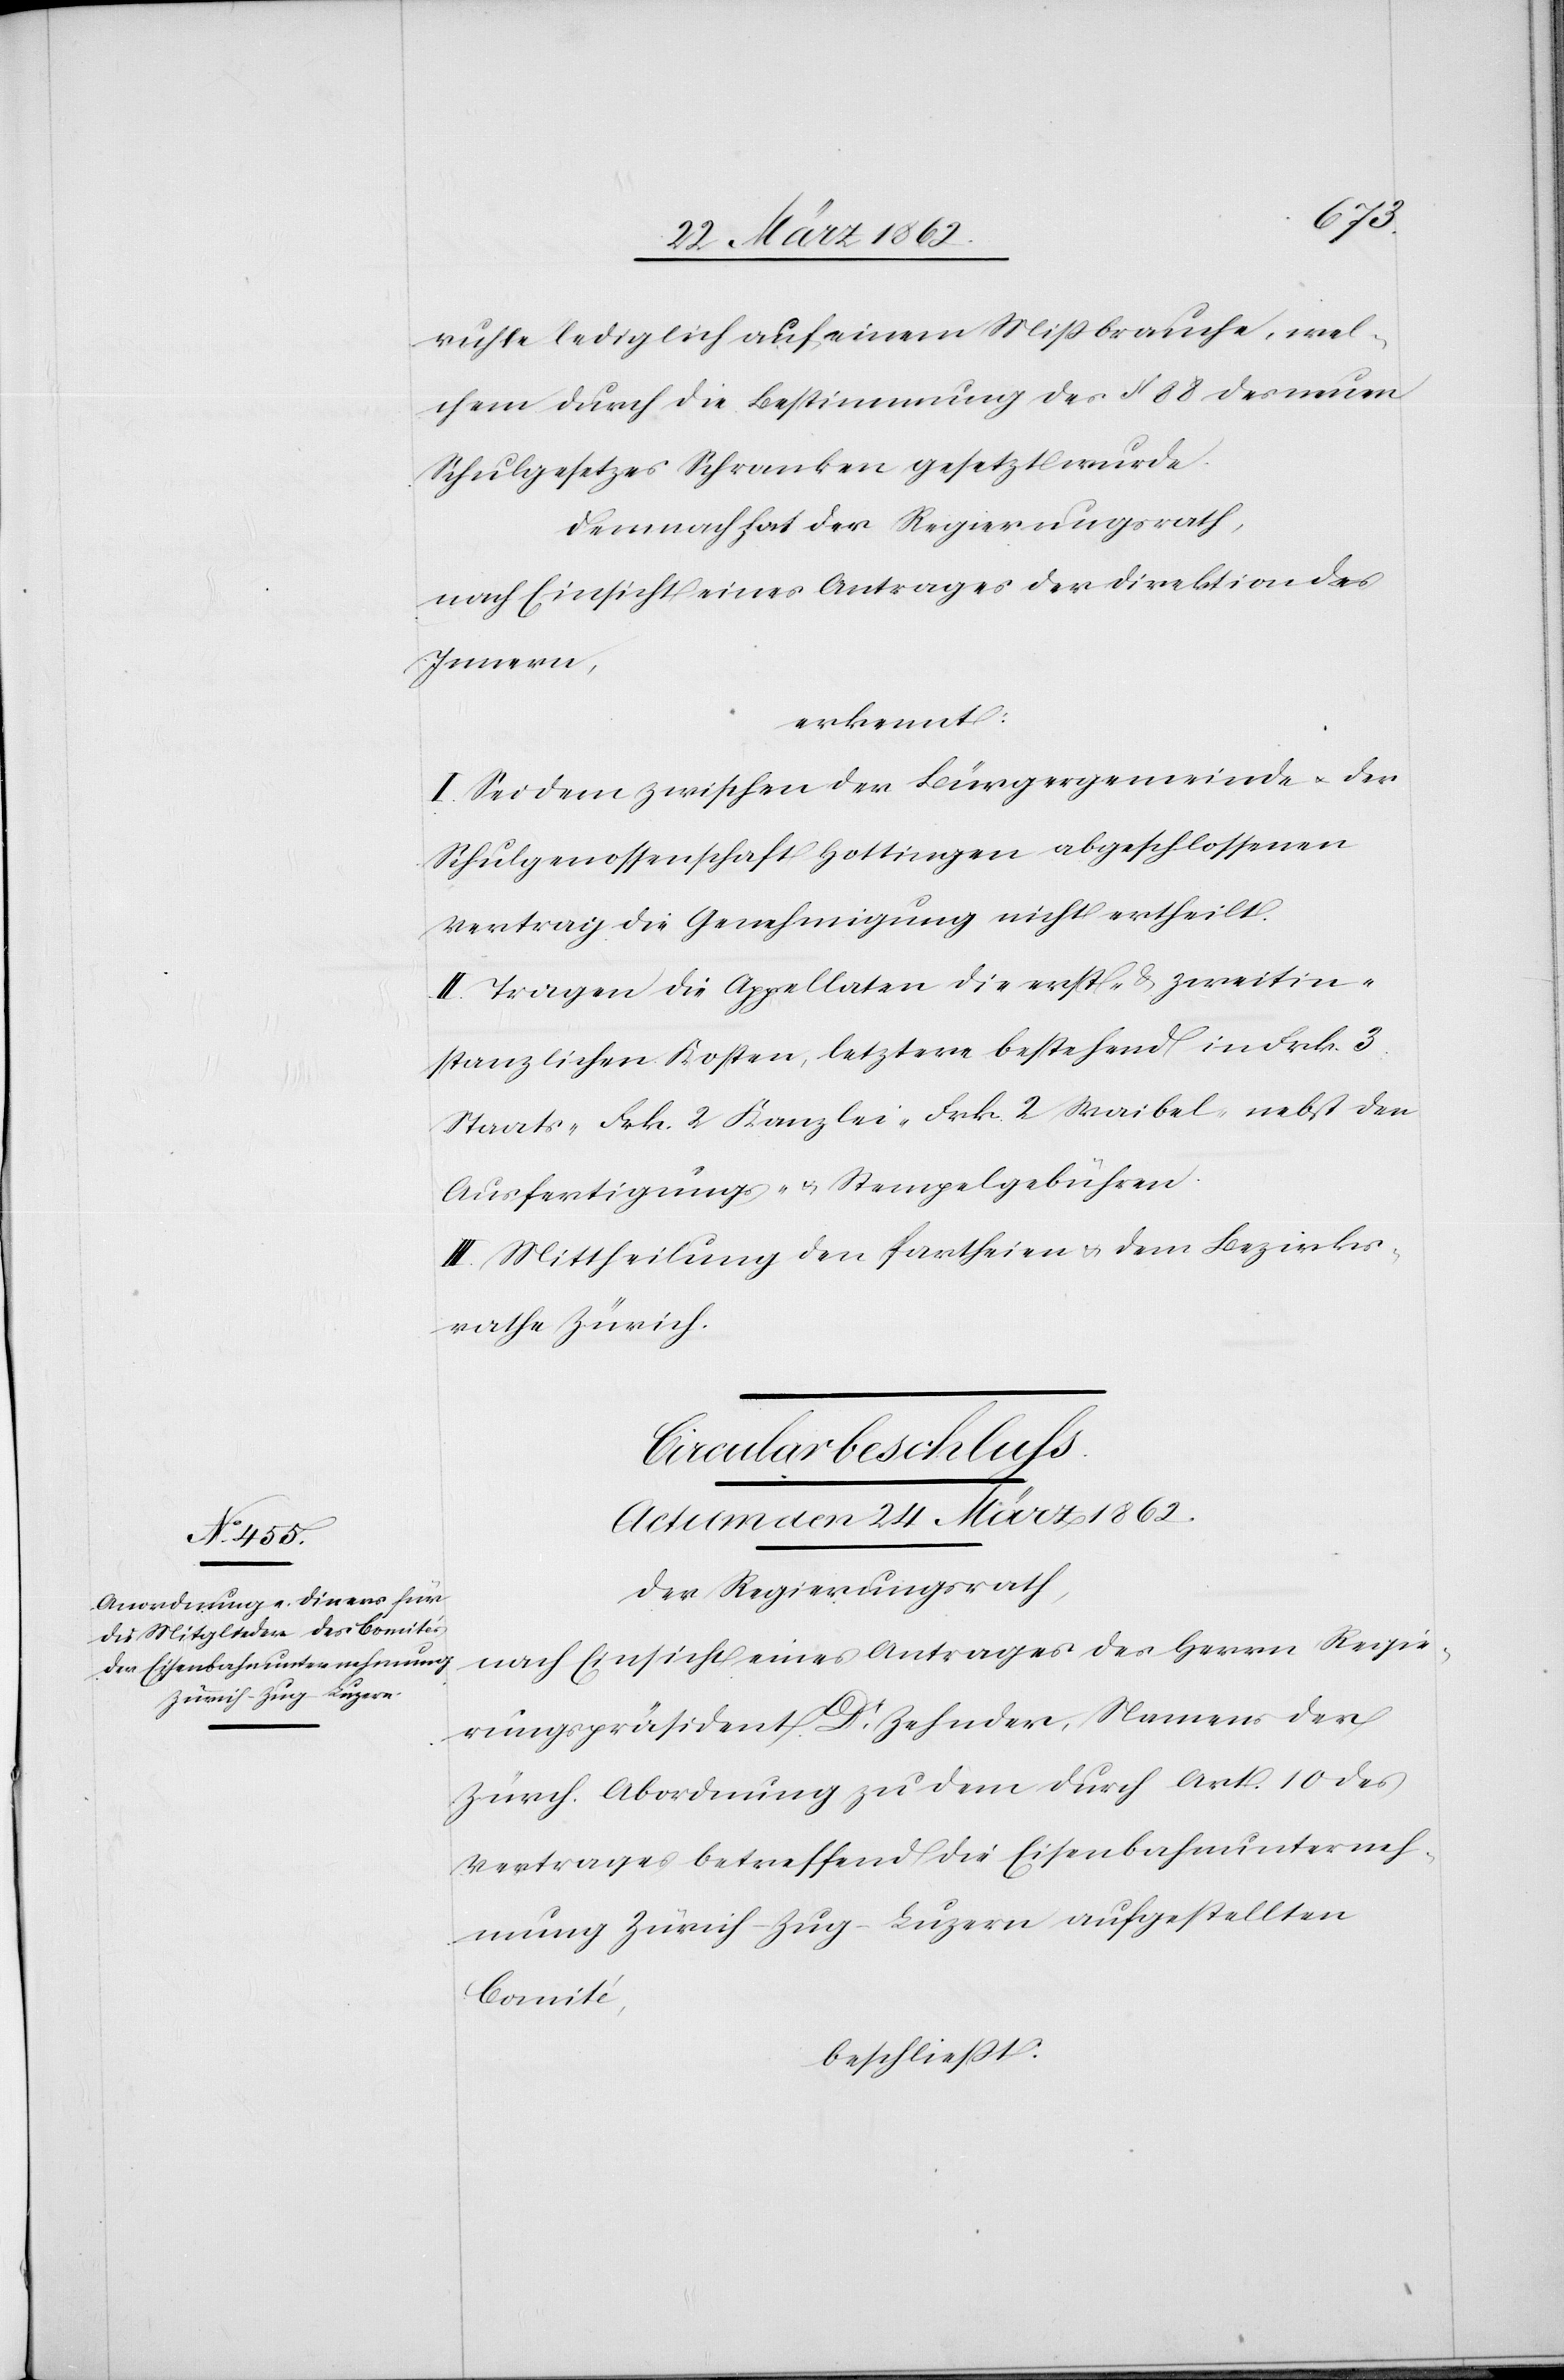
ruhte lediglich auf einem Mißbrauche, wel¬
chem durch die Bestimmung des § 88 des neuen
Schulgesetzes Schranken gesetzt wurde.
Demnach hat der Regierungsrath,
nach Einsicht eines Antrages der Direktion des
Innern,
erkennt:
I.Sei dem zwischen der Bürgergemeinde u. der
Schulgenossenschaft Hottingen abgeschlossenen
Vertrag die Genehmigung nicht ertheilt.
II.Tragen die Appellaten die erst- & zweitin¬
stanzlichen Kosten, letztere bestehend in Frk. 3
Staats- Frk. 2 Kanzlei- Frk. 2 Waibel- nebst den
Ausfertigungs- u. Stempelgebühren.
III. Mittheilung den Partheien & dem Bezirks¬
rathe Zürich.
Circularbeschluss.
Actum den 24 März 1862.
Der Regierungsrath,
nach Einsicht eines Antrages des Herrn Regie¬
rungspräsident Dr. Zehnder, Namens der
Zürch. Abordnung zu dem durch Art. 10 des
Vertrages betreffend die Eisenbahnunterneh¬
mung Zürich–Zug–Luzern aufgestellten
Comité,
beschließt: